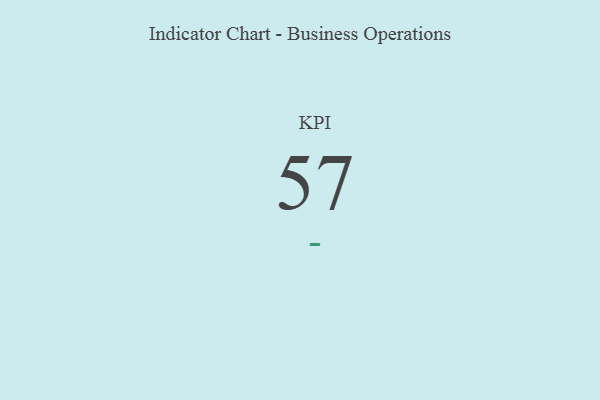
{"axis": {"x": "KPI", "y": "Value"}, "legend": [""], "data": [{"x": "KPI", "y": 57, "type": ""}]}